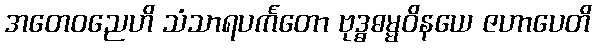
အတေဝညေဟိ သံသာရပင်္ကတော ဗုဒ္ဓဓမ္မဝိနယေ ဇဟာပေတိ